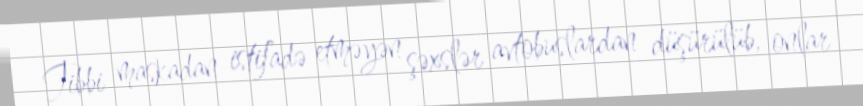
Tibbi maskadan istifadə etməyən şəxslər avtobuslardan düşürülüb, onlar